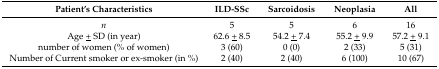
<table><thead><tr><td><b>Patient’s Characteristics</b></td><td><b>ILD-SSc</b></td><td><b>Sarcoidosis</b></td><td><b>Neoplasia</b></td><td><b>All</b></td></tr></thead><tbody><tr><td><i>n</i></td><td>5</td><td>5</td><td>6</td><td>16</td></tr><tr><td>Age <underline>+</underline> SD (in year)</td><td>62.6 <underline>+</underline> 8.5</td><td>54.2 <underline>+</underline> 7.4</td><td>55.2 <underline>+</underline> 9.9</td><td>57.2 <underline>+</underline> 9.1</td></tr><tr><td>number of women (% of women)</td><td>3 (60)</td><td>0 (0)</td><td>2 (33)</td><td>5 (31)</td></tr><tr><td>Number of Current smoker or ex-smoker (in %)</td><td>2 (40)</td><td>2 (40)</td><td>6 (100)</td><td>10 (67)</td></tr></tbody></table>